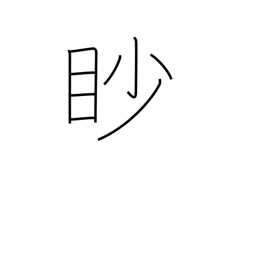
Meaning: squint